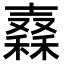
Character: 𥢮